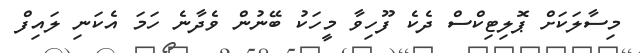
މިސާލަކަށް ޕޮލިޓިކްސް ދެކެ ފޫހިވާ މީހަކު ބޭނުން ވެދާނެ ހަމަ އެކަނި ލައިފް